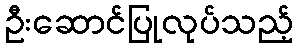
ဦးဆောင်ပြုလုပ်သည့်